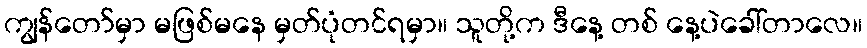
ကျွန်တော်မှာ မဖြစ်မနေ မှတ်ပုံတင်ရမှာ။ သူတို့က ဒီနေ့ တစ် နေ့ပဲခေါ်တာလေ။